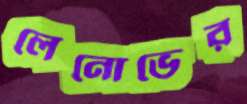
লেনোভের